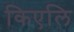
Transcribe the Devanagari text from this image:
किएलि